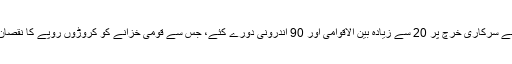
انہوں نے سرکاری خرچ پر 20 سے زیادہ بین الاقوامی اور 90 اندرونی دورے کئے، جس سے قومی خزانے کو کروڑوں روپے کا نقصان پہنچا۔